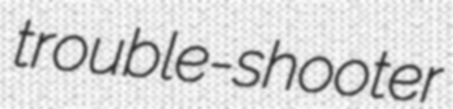
trouble-shooter